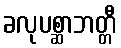
ခလုပစ္ဆာဘတ္တီ